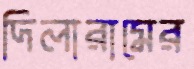
দিলারামের